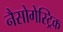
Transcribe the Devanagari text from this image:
नैसोगेस्ट्रिक